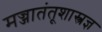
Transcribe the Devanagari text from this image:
मज्जातंतूशास्त्रज्ञ